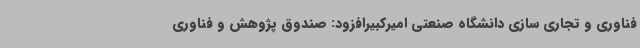
فناوری و تجاری سازی دانشگاه صنعتی امیرکبیرافزود: صندوق پژوهش و فناوری